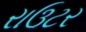
રાઉટર